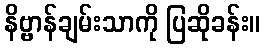
နိဗ္ဗာန်ချမ်းသာကို ပြဆိုခန်း။